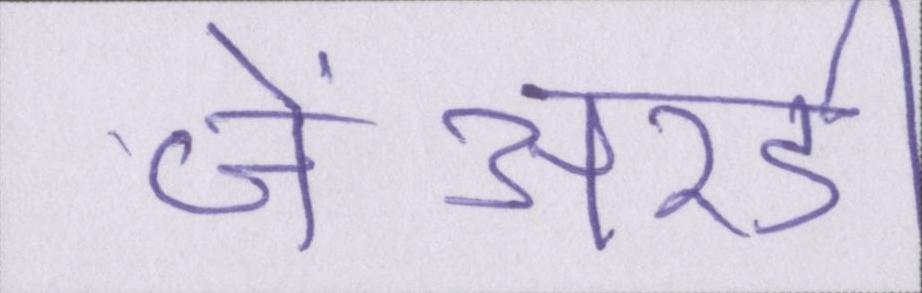
जेआरडी